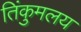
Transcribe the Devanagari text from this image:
तिंकुमलय